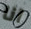
انا